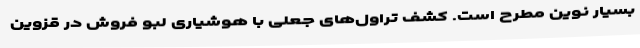
بسیار نوین مطرح است. کشف تراول‌های جعلی با هوشیاری لبو فروش در قزوین